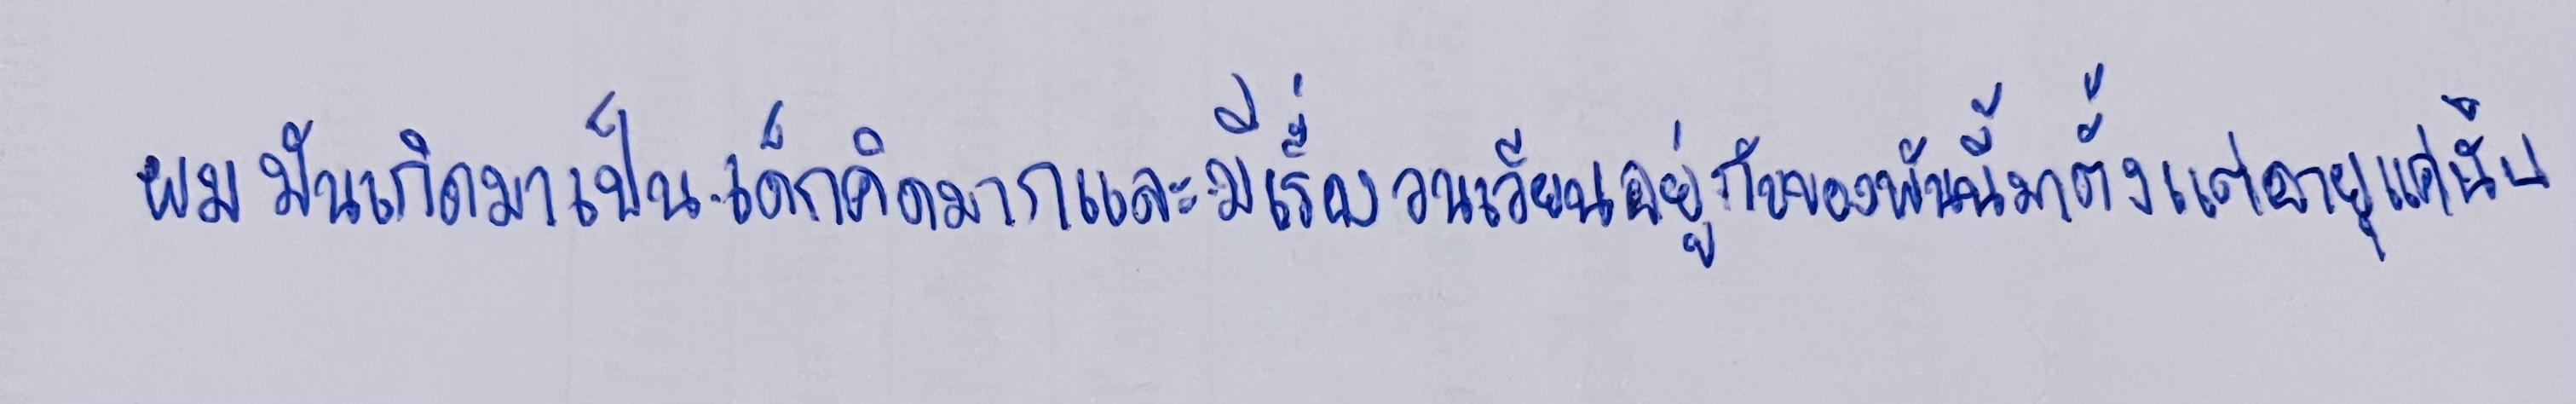
ผมมันเกิดมาเป็นเด็กคิดมากและมีเรื่องวนเวียนอยู่กับของพันนี้มาตั้งแต่อายุแค่นั้น